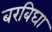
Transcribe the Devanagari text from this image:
बरबिघा